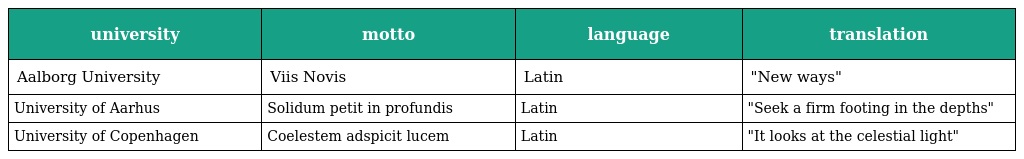
| university | motto | language | translation |
 | --- | --- | --- | --- |
 | Aalborg University | Viis Novis | Latin | "New ways" |
 | University of Aarhus | Solidum petit in profundis | Latin | "Seek a firm footing in the depths" |
 | University of Copenhagen | Coelestem adspicit lucem | Latin | "It looks at the celestial light" |